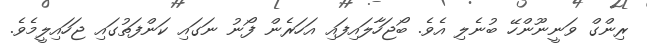
ރިންގް ވަނީނޫންހޭ ބުނެލި އެވެ. ބޯޖަހާލައިފައި އަހަރެން ފޯނު ނަގައި ކަންފަތުގައި ޖަހައިލީމެވެ.